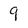
Character: 9